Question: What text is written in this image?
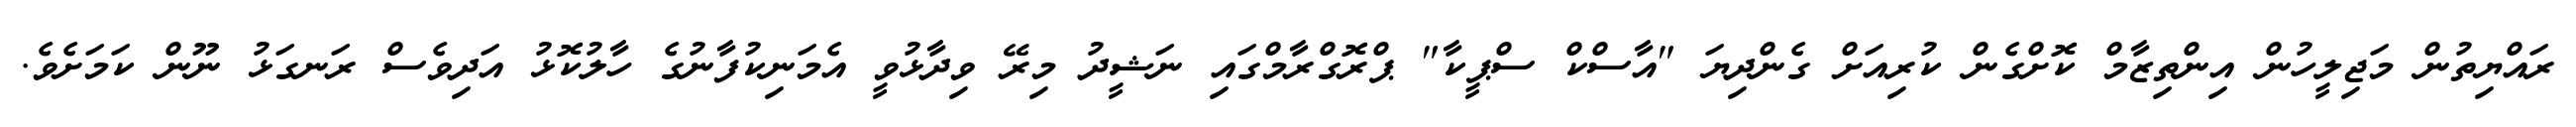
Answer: ރައްޔިތުން މަޖިލީހުން އިންތިޒާމް ކޮށްގެން ކުރިއަށް ގެންދިޔަ "އާސްކް ސްޕީކާ" ޕްރޮގްރާމްގައި ނަޝީދު މިރޭ ވިދާޅުވީ އެމަނިކުފާނުގެ ހާލުކޮޅު އަދިވެސް ރަނގަޅު ނޫން ކަމަށެވެ.